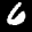
Label: 6